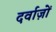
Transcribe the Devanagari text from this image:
दर्वाज़ों